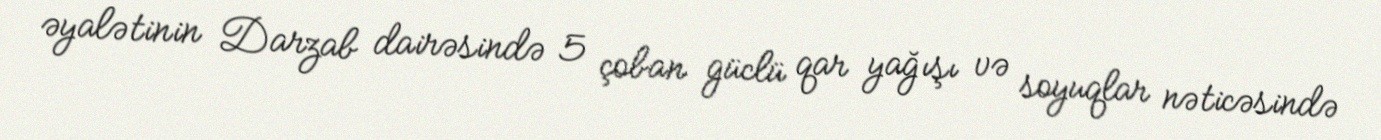
əyalətinin Darzab dairəsində 5 çoban güclü qar yağışı və soyuqlar nəticəsində